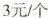
3元/个